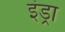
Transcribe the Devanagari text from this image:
इंड्रा